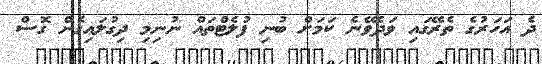
ދެ އަހަރުގެ ތެރޭގައި ވަދެވޭނެ ކަމަށް ބުނި ފުލެޓްތައް ނުނިމި ދިގުލައިގެން ގޮސް